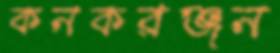
কনকরঞ্জন